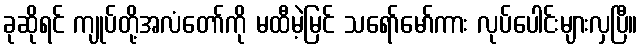
ခုဆိုရင် ကျုပ်တို့အလံတော်ကို မထီမဲ့မြင် သရော်မော်ကား လုပ်ပေါင်းများလှပြီ။